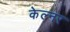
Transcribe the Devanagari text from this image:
केल्नर